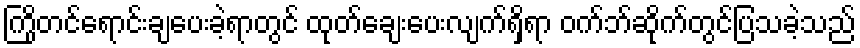
ကြိုတင်ရောင်းချပေးခဲ့ရာတွင် ထုတ်ချေးပေးလျက်ရှိရာ ဝက်ဘ်ဆိုက်တွင်ပြသခဲ့သည်